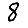
Digit: 8